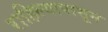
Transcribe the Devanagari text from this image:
राहिल्यापासून